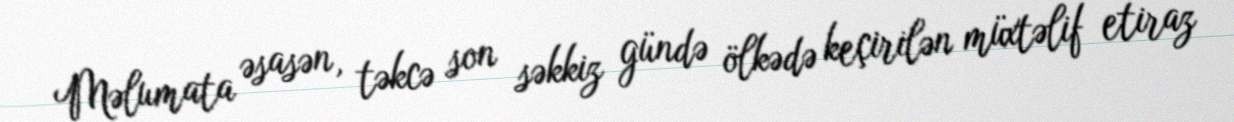
Məlumata əsasən, təkcə son səkkiz gündə ölkədə keçirilən müxtəlif etiraz